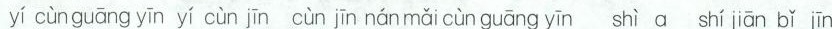
yí cùn guāng yīn yí cùn jīn cùn jīn nánmǎi cùn guāng yīn shì a shí jiān bǐ jīn